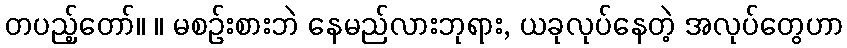
တပည့်တော်။ ။ မစဉ်းစားဘဲ နေမည်လားဘုရား, ယခုလုပ်နေတဲ့ အလုပ်တွေဟာ